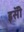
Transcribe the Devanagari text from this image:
इसॅी